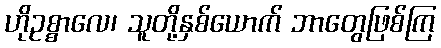
ဟိုဥစ္စာလေ၊ သူတို့နှစ်ယောက် ဘာတွေဖြစ်ကြ